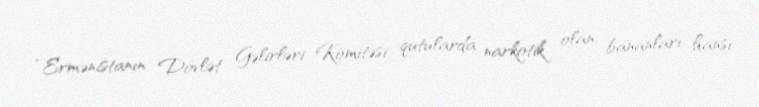
“Ermənistanın Dövlət Gəlirləri Komitəsi qutularda narkotik olan bananları hansı